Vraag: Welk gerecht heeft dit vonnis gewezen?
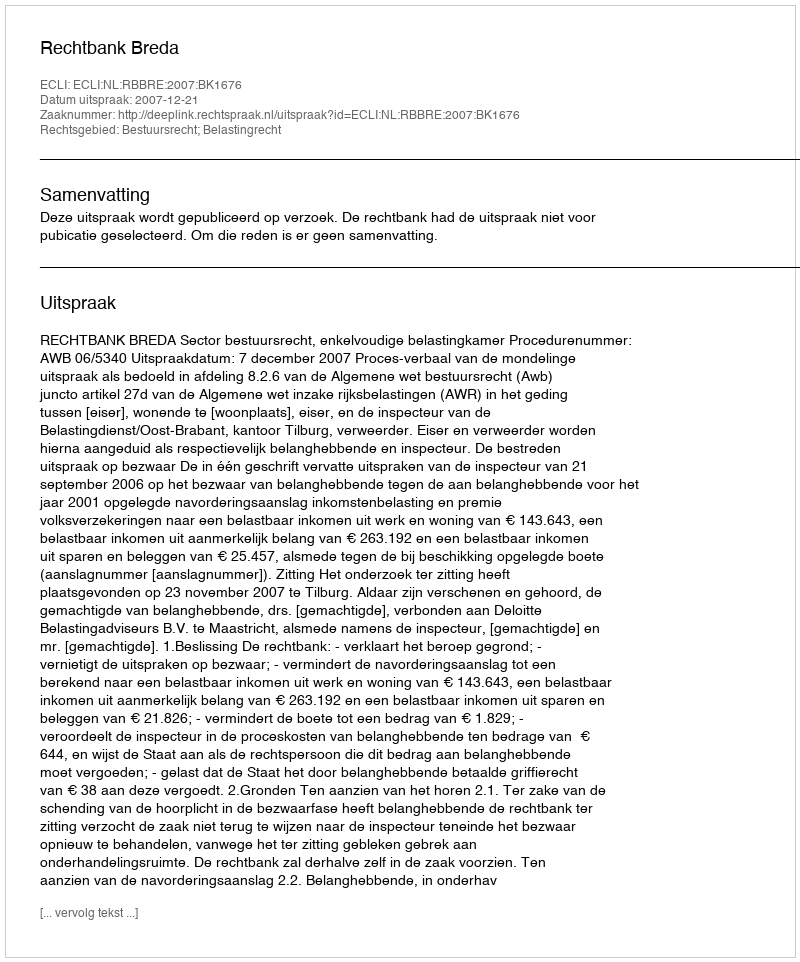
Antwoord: Rechtbank Breda